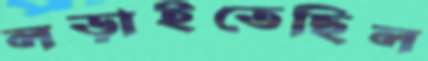
লড়াইতেছিল